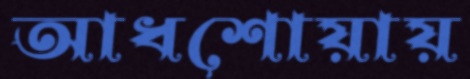
আধশোয়ায়